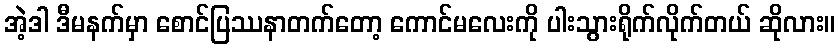
အဲ့ဒါ ဒီမနက်မှာ စောင်ပြဿနာတက်တော့ ကောင်မလေးကို ပါးသွားရိုက်လိုက်တယ် ဆိုလား။